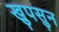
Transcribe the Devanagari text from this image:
खुपसुन